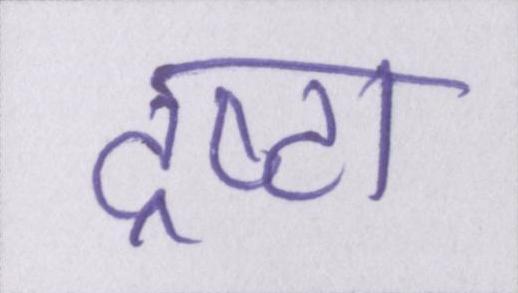
द्रष्टा